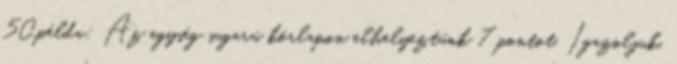
50.példa: Az egység sugarú körlapon elhelyeztünk 7 pontot. Igazoljuk,